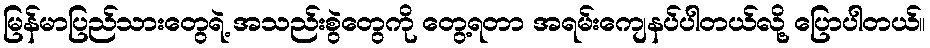
မြန်မာပြည်သားတွေရဲ့ အသည်းစွဲတွေကို တွေ့ရတာ အရမ်းကျေနပ်ပါတယ်လို့ ပြောပါတယ်။